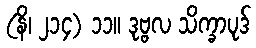
(နိ၊ ၂၁၄) ၁၁။ ဒုဗ္ဗလ သိက္ခာပုဒ်